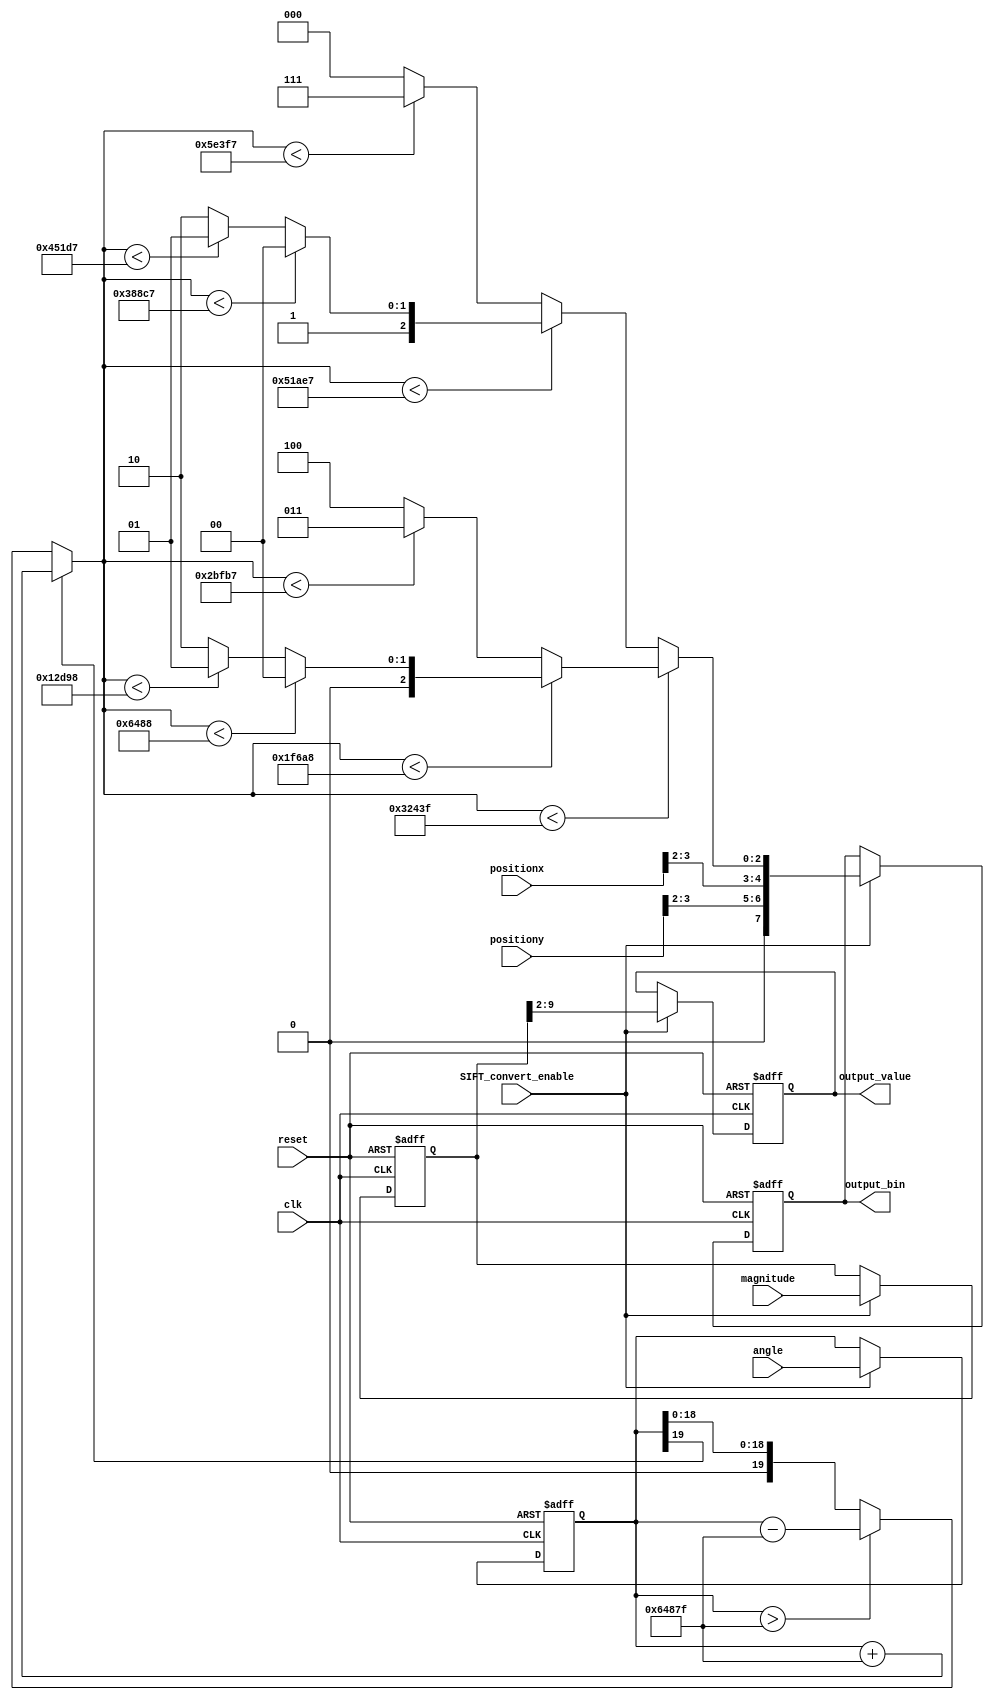
module SIFT_converter(clk, reset, positionx, positiony, magnitude, angle, output_bin, output_value, SIFT_convert_enable);
   input             clk, reset, SIFT_convert_enable;
   input    [3:0]    positionx, positiony;  //b16*16@m
   input    [9:0]    magnitude; //iHNmagnitudebonormalize  eS
   input    [19:0]   angle;        //input   (rad) pImcordic@ b16~17bit  ([16]~[15])
   output   [7:0]    output_bin;   //Nbin indexX
   output   [7:0]    output_value; //NnormalizemagnitudeX
   
   
   wire     [7:0]    output_bin_w;
   wire     [7:0]    output_value_w;
   wire     [19:0]   abs_angle_w;
   
   
   
   
   reg      [3:0]    positionx_r, positiony_r;
   reg      [9:0]    magnitude_r;
   reg      [19:0]   angle_r;
   reg      [7:0]    output_bin_r;
   reg      [7:0]    output_value_r;
   reg      [2:0]    temp_output_bin_w;
   
   
   
   
   assign output_bin = output_bin_r;
   assign output_value = output_value_r;
   assign abs_angle_w = (angle_r[19] == 1'b1) ? (angle_r + 20'd411775) : ( angle_r > 20'd411775 ? angle_r - 20'd411775 : angle_r); //normalize0~2pi
   assign output_bin_w[2:0] = temp_output_bin_w[2:0];
   assign output_bin_w[7:3] = {1'b0,positiony[3:2], positionx[3:2]};
   assign output_value_w = magnitude_r[9:2];
   
   
   always@(*)
   begin
      if(abs_angle_w < 20'd205887)
      begin
         if(abs_angle_w < 20'd128680)
         begin
            if(abs_angle_w < 20'd25736)
            begin
               temp_output_bin_w = 3'd0;
            end
            else if(abs_angle_w < 20'd77208)
            begin
               temp_output_bin_w = 3'd1;
            end
            else
            begin
               temp_output_bin_w = 3'd2;
            end
         end
         else
         begin
            if(abs_angle_w < 20'd180151)
            begin
               temp_output_bin_w = 3'd3;
            end
            else
            begin
               temp_output_bin_w = 3'd4;
            end
         end
      
      end
      else
      begin
         if(abs_angle_w < 20'd334567)
         begin
            if(abs_angle_w < 20'd231623)
            begin
               temp_output_bin_w = 3'd4;
            end
            else if(abs_angle_w < 20'd283095)
            begin
               temp_output_bin_w = 3'd5;
            end
            else
            begin
               temp_output_bin_w = 3'd6;
            end
         end
         else
         begin
            if(abs_angle_w < 20'd386039)
            begin
               temp_output_bin_w = 3'd7;
            end
            else
            begin
               temp_output_bin_w = 3'd0;
            end
         end
      end
      
   
   end
   
//   wire gclk = clk & SIFT_convert_enable;
   always@(posedge clk or posedge reset)
   begin
      if(reset)
      begin
         positionx_r <= 4'd0;
         positiony_r <= 4'd0;
         magnitude_r <= 10'd0;
         angle_r <= 20'd0;
         output_bin_r <= 8'd0;
         output_value_r <= 10'd0;
      
      end
      else if(SIFT_convert_enable)
      begin
         positionx_r <= positionx;
         positiony_r <= positiony;
         magnitude_r <= magnitude;
         angle_r <= angle;
         output_bin_r <= output_bin_w;
         output_value_r <= output_value_w;
      
      end
      
      
      
   end
   
   
   
   
   



endmodule